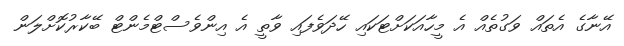
އޭނާގެ އެތައް ވަގުތެއް އެ މީހާއަކަށްޓަކައި ހޭދަވެފައި ވާތީ އެ އިންވެސްޓްމެންޓް ބޭކާރުކޮށްލަން